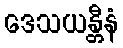
ဒေသယန္တီနံ